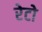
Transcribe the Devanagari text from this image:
रेटो